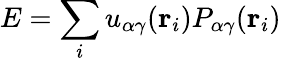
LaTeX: E=\sum_{i}u_{\alpha\gamma}({\mathbf r}_{i})P_{\alpha\gamma}({\mathbf r}_{i})